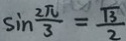
\sin \frac { 2 \pi } { 3 } = \frac { \sqrt { 3 } } { 2 }